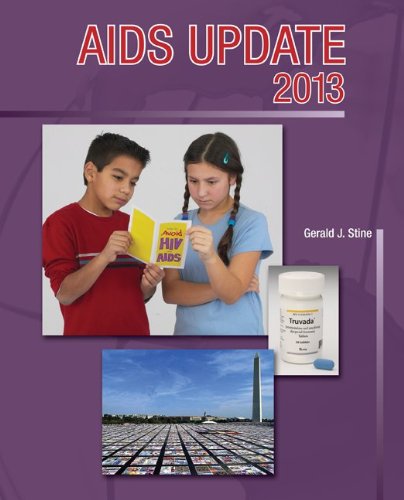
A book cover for AIDS Update 2013 (AIDS Update: An Annual Overview of Acquired Immune); Gerald Stine; Health, Fitness & Dieting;